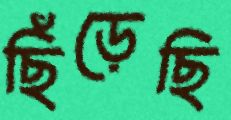
ছিঁড়েছি